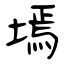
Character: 墕